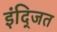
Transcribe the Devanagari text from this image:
इंद्जित